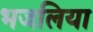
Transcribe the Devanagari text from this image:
भजलिया